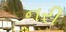
નરી